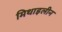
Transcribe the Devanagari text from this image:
मिथाइलीन